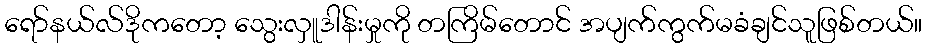
ရော်နယ်လ်ဒိုကတော့ သွေးလှူဒါန်းမှုကို တကြိမ်တောင် အပျက်ကွက်မခံချင်သူဖြစ်တယ်။